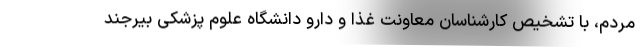
مردم، با تشخیص کارشناسان معاونت غذا و دارو دانشگاه علوم پزشکی بیرجند